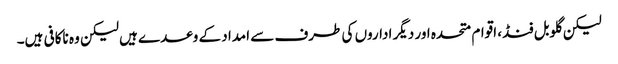
لیکن گلوبل فنڈ، اقوام متحدہ اور دیگر اداروں کی طرف سے امداد کے وعدے ہیں لیکن وہ ناکافی ہیں۔